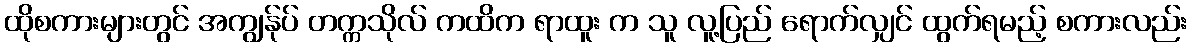
ထိုစကားများတွင် အကျွန်ုပ် တက္ကသိုလ် ကထိက ရာထူး က သူ လူ့ပြည် ရောက်လျှင် ထွက်ရမည့် စကားလည်း